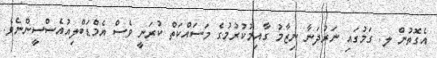
އެގޮތުން ލ. ގަމުގައި ނަރުދަނާ ނިޒާމު ގާއިމުކުރުމުގެ މަސައްކަތް ކުރަނީ ވެސް އެމްޑަބްލިއުއެސްސީންނެވެ.